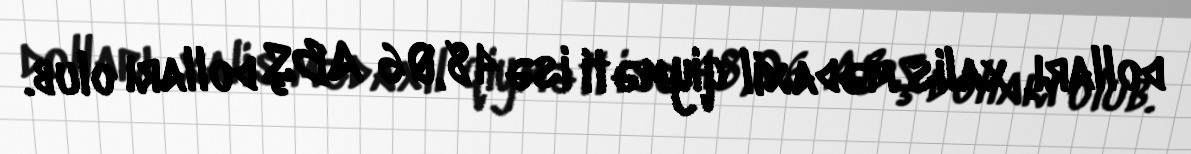
dolları, xalis mədaxil qiyməti isə 48,06 ABŞ dolları olub.